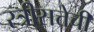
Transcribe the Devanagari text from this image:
स्त्रीसत्तेची